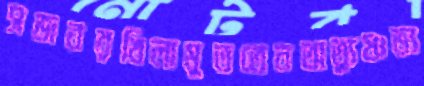
সজবরখিলামুততেনঅত্যুষ্ণভ্য